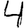
Digit: 4